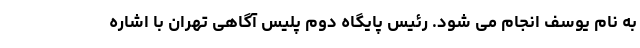
به نام یوسف انجام می شود. رئیس پایگاه دوم پلیس آگاهی تهران با اشاره